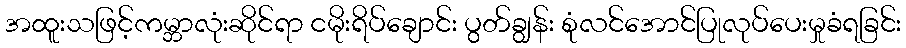
အထူးသဖြင့်ကမ္ဘာလုံးဆိုင်ရာ ငမိုးရိပ်ချောင်း ပွတ်ချွန်း စုံလင်အောင်ပြုလုပ်ပေးမှုခံရခြင်း